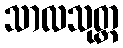
သာလသုတ္တ